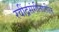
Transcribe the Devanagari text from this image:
रवींद्रसंगीतातील